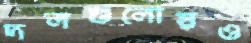
দলগুলোয়ও